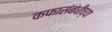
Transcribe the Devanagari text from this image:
कफासंबंधीच्या